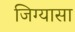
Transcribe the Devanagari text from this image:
जिग्यासा